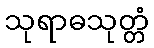
သုရာဓသုတ္တံ